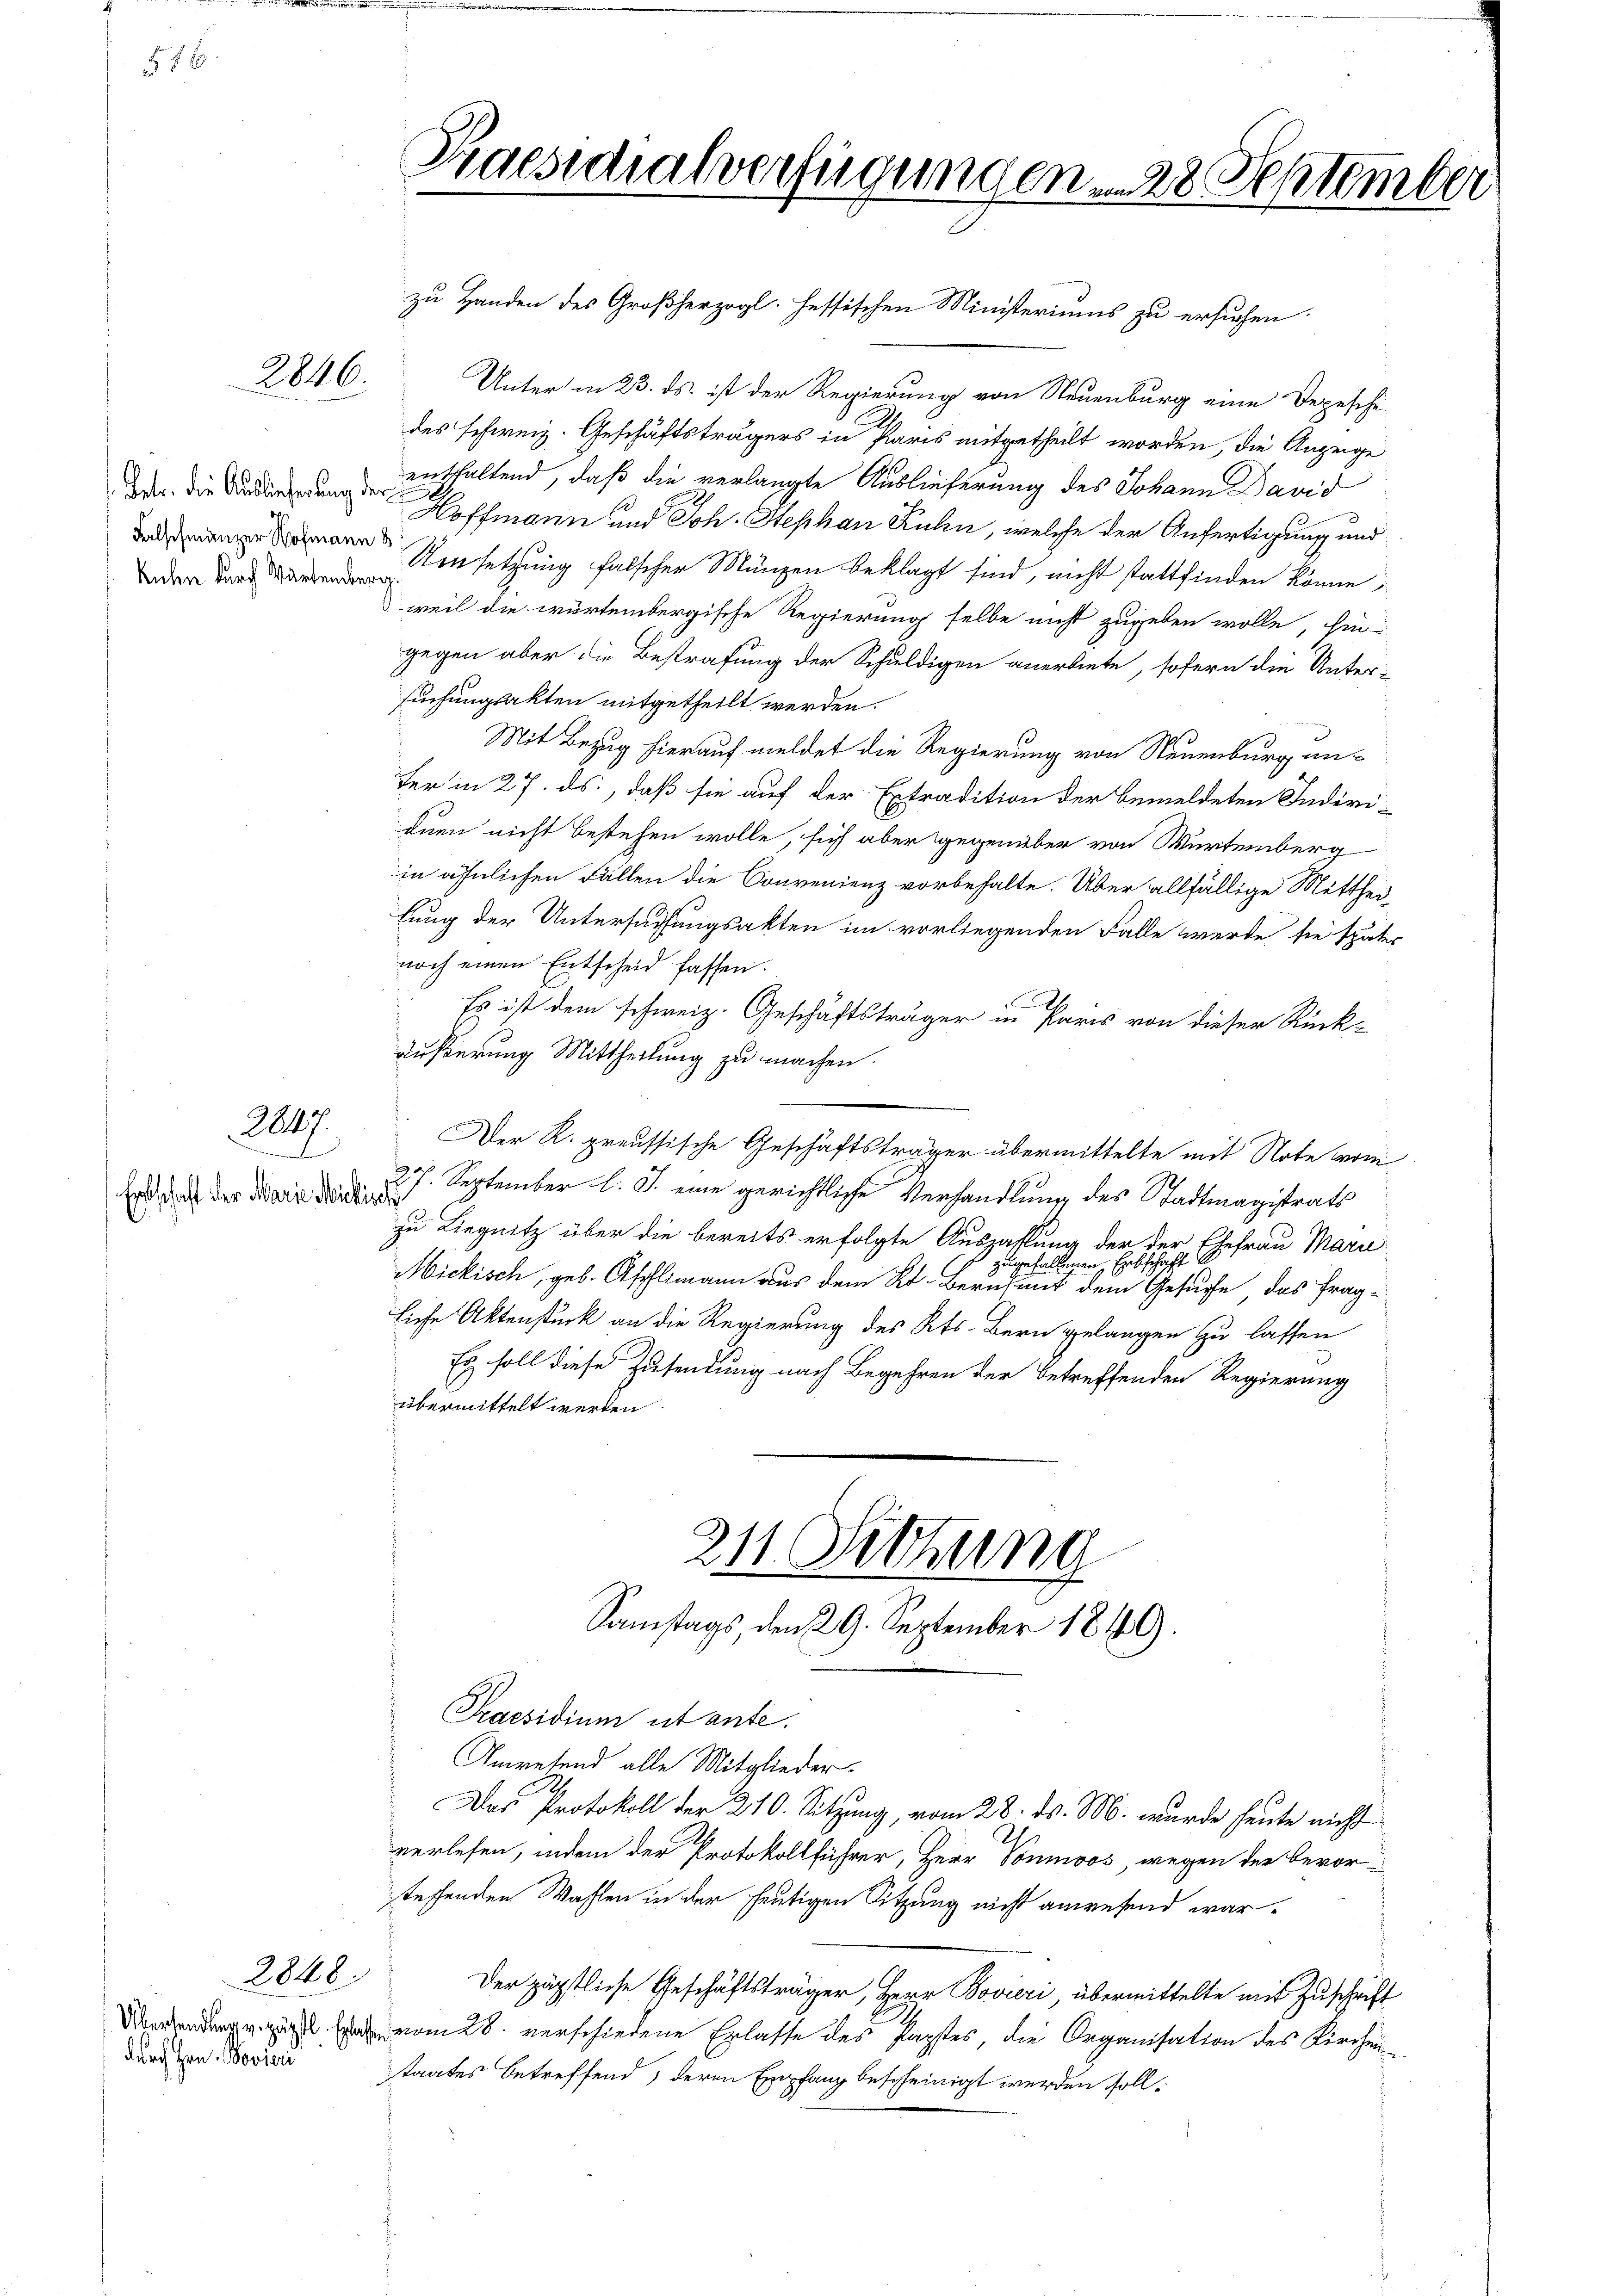
17 x

2846.

Petr. die Auslieferung der
kuchen durch Wartemberg

2047.
Erschaft der Marie Michiser

2840.

zu Handen des Großherzogl. Hessischen Ministeriums zu ersuchen
Unter in 23. ds. ist der Regierung von Neuenburg eine Depesche
des schweiz. Geschäftsträgers in Paris mitgetheilt worden, die Anzeige
enthaltend, daß die verlangte Auslieferung des Johann Bavis
Hoffmann und Joh. Stephan Kuhn, welche der Anfertigung und
Umsetzung falscher Münzen beklagt sind, nicht stattfinden könne,
weil die würtembergische Regierung selbe nicht zugeben wolle, hin-
gegen aber die Bestrafung der Schuldigen anerbiete, sofern die Unter-
suchungsakten mitgetheilt werden.
Mit Bezug hierauf meldet die Regierung von Neuenburg anter in 27. ds., daß sie auf der Extradition der bemeldeten Indivi-
duen nicht bestehen wolle, sich aber gegenüber von Würtemberg
in ähnlichen Fällen die Convenienz vorbehalte. Über allfällige Mittheilung der Untersuchungsakten im vorliegenden Falle werde sie später
noch einen Entscheid fassen.
f
Es ist dem schweiz. Geschäftsträger in Paris von dieser Rück-
äußerung Mittheilung zu machen.
Der K. preussische Geschäftsträger übermittelte mit Note vom
27. September l. J. eine gerichtliche Verhandlung des Stadtmagistrats
zu Liegnitz über die bereits erfolgte Auszahlung der der Ehefrau Marie
zugefallenen Erbschaft
Mickisch, geb. Aschlimann aus dem Kt. Berühmt dem Gesuche, das fragliche Aktenstück an die Regierung des Kts. Bern gelangen zu lassen
Es soll diese Zusendung nach Begehren der betreffenden Regierung
übermittelt werden

durch Hrn. Sovie

Praesidialverfügungenen 28 September

211. Sitzung
Samstags, den 29. September 1849.

Praesidium utante.
Amresend alle Mitglieder-
Das Protokoll der 210. Sitzung, vom 28. ds. M. wurde heute nicht
verlesen, indem der Protokollführer, Herr Vonmoos, wegen der bevorsteffenden Wahlen in der heutigen Sitzung nicht anwesend war.
Der höchstliche Geschäftsträger, Herr Bovieri, übermittelte mit Zuschrift
ng vom 28. verschiedene Erlasse des Papstes, die Organisation des Kirchenstaates betreffend, deren Empfang bescheinigt werden soll.